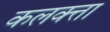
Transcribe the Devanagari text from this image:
कलक्‍त्ता